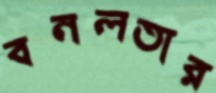
বনলতার